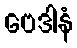
ဗေဒါနံ